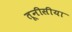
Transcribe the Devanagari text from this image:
तूनीसीया